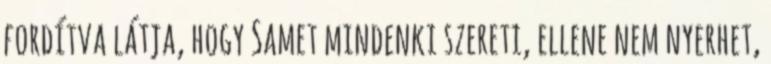
fordítva látja, hogy Samet mindenki szereti, ellene nem nyerhet,